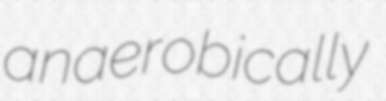
anaerobically